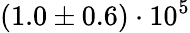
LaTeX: (1.0\pm 0.6)\cdot 10^{5}